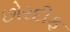
છોરદીફ